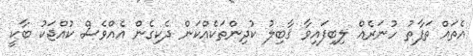
އެތައް ތަފާތު ހުނަރެއް ލިބިފައިވާ ޤާބިލު ކުދިންތަކެއްކަން ދެކިގެން އެއްވެސް ކުއްޖަކު ބާކީ